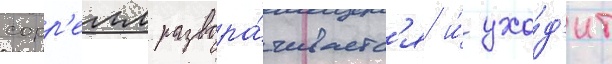
сорр'елл развора́чиваетс'я и́ ухо́д'ит